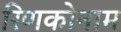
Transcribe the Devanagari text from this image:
रिणकोनाम